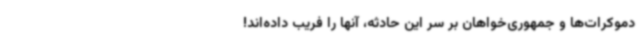
دموکرات‌ها و جمهوری‌خواهان بر سر این حادثه، آنها را فریب داده‌اند!